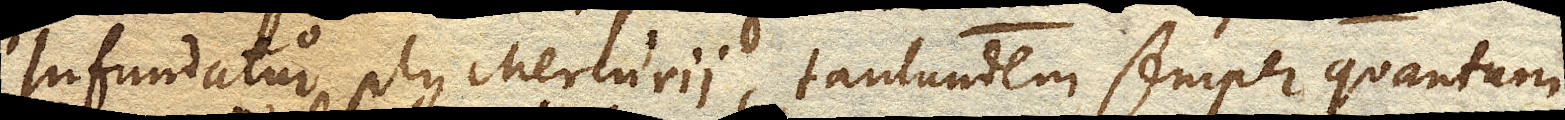
Infundatur plus Mercurii, tantundem semper quantum